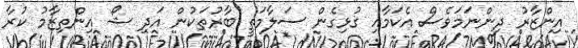
އިންޒާރު ދިންނަމަވެސް އެކަމާއި ގުޅިގެން ސަލާމަތީ ބާރުތަކުން އަދި ޝޯ އިންތިޒާމު ކުރާ